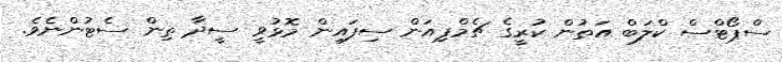
ސްޕޯޓްސް ކްލަބް އަތުން ކުރީގެ ޗެމްޕިއަން ސިފައިން މޮޅުވީ ސީދާ ތިން ސެޓުންނެވެ.